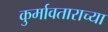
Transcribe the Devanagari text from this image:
कुर्मावताराच्या